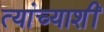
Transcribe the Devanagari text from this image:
त्यांच्याशीं